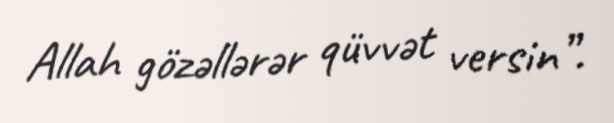
Allah gözəllərər qüvvət versin”.